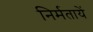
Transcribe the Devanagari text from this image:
निर्मतायें